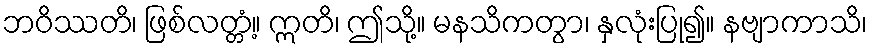
ဘဝိဿတိ၊ ဖြစ်လတ္တံ့။ ဣတိ၊ ဤသို့။ မနသိကတွာ၊ နှလုံးပြု၍။ နဗျာကာသိ၊